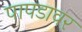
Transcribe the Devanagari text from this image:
पापडावर